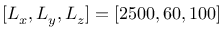
[ L _ { x } , L _ { y } , L _ { z } ] = [ 2 5 0 0 , 6 0 , 1 0 0 ]